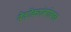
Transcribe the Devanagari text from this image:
नेवरेकरांबरोबरच